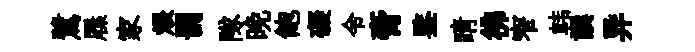
鷺屧家煨罰隊晩飽礙令膏鍳睛彿窄韩譔异